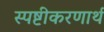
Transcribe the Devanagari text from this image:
स्पष्टीकरणार्थ